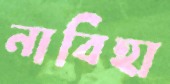
নাবিহা